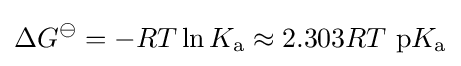
\Delta G^{\ominus }=-RT\ln K_{\text{a}}\approx 2.303RT\ \mathrm {p} K_{\text{a}}